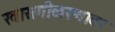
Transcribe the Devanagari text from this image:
खासगीकरणावर